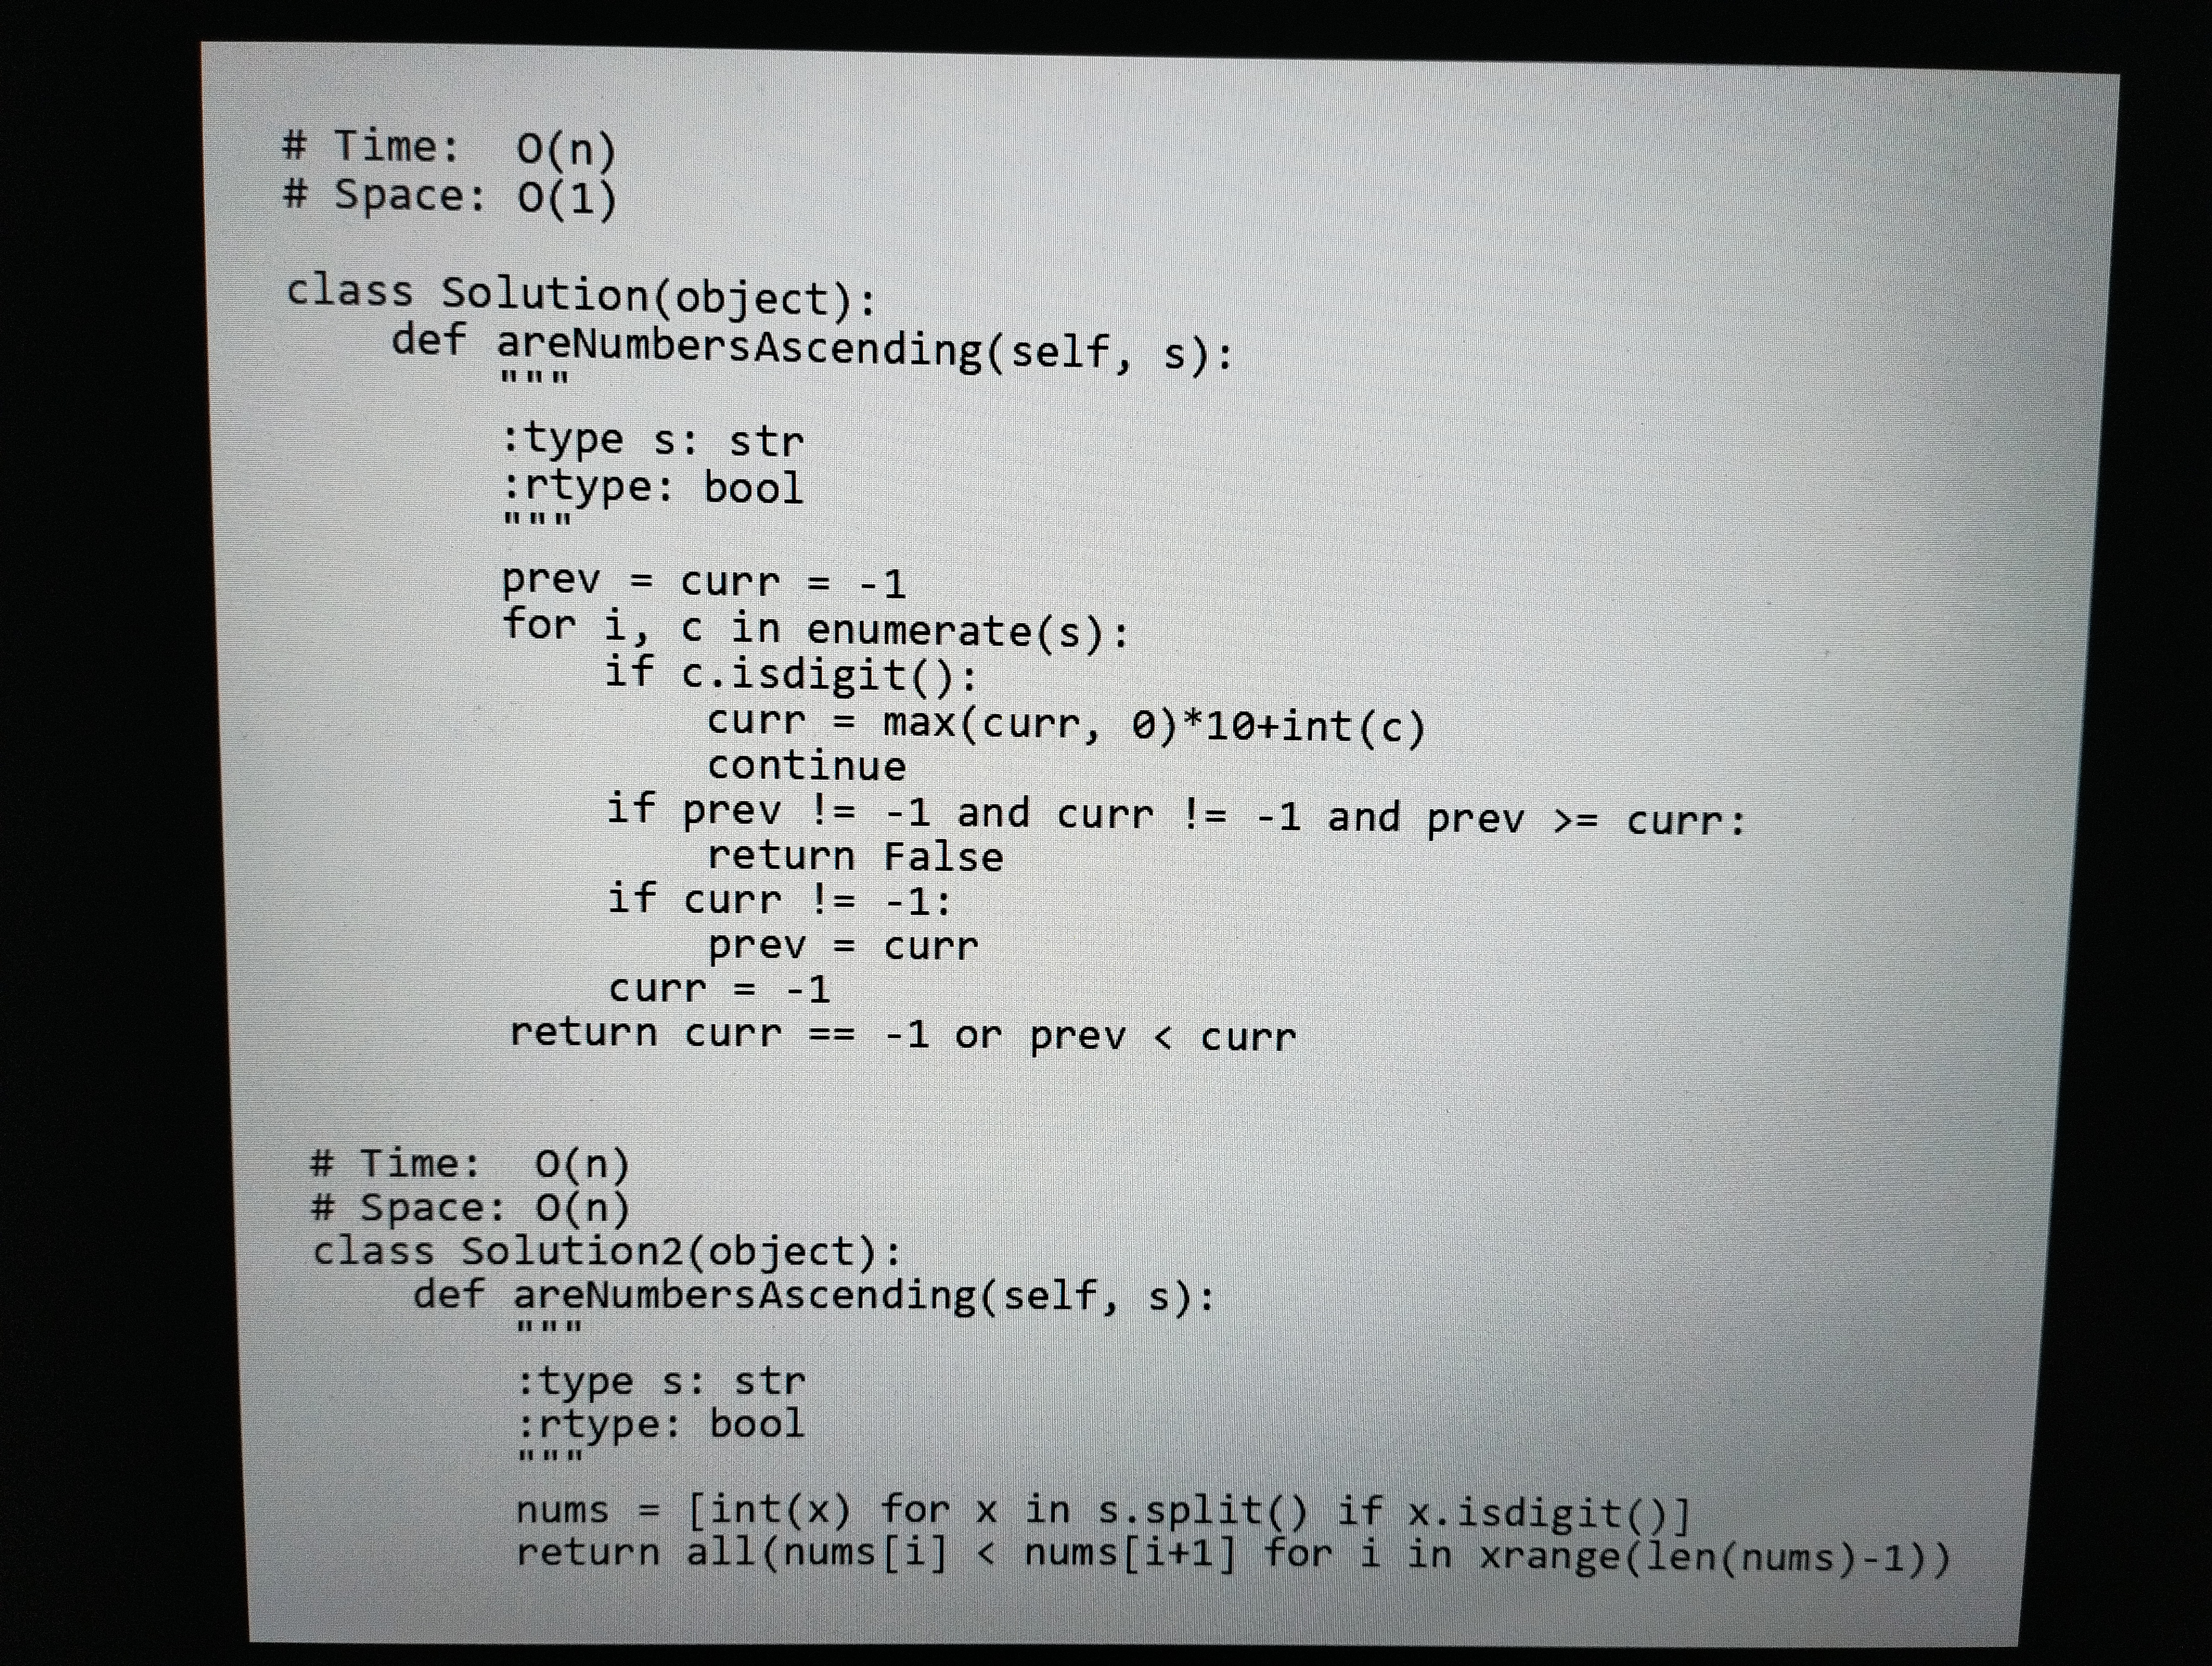
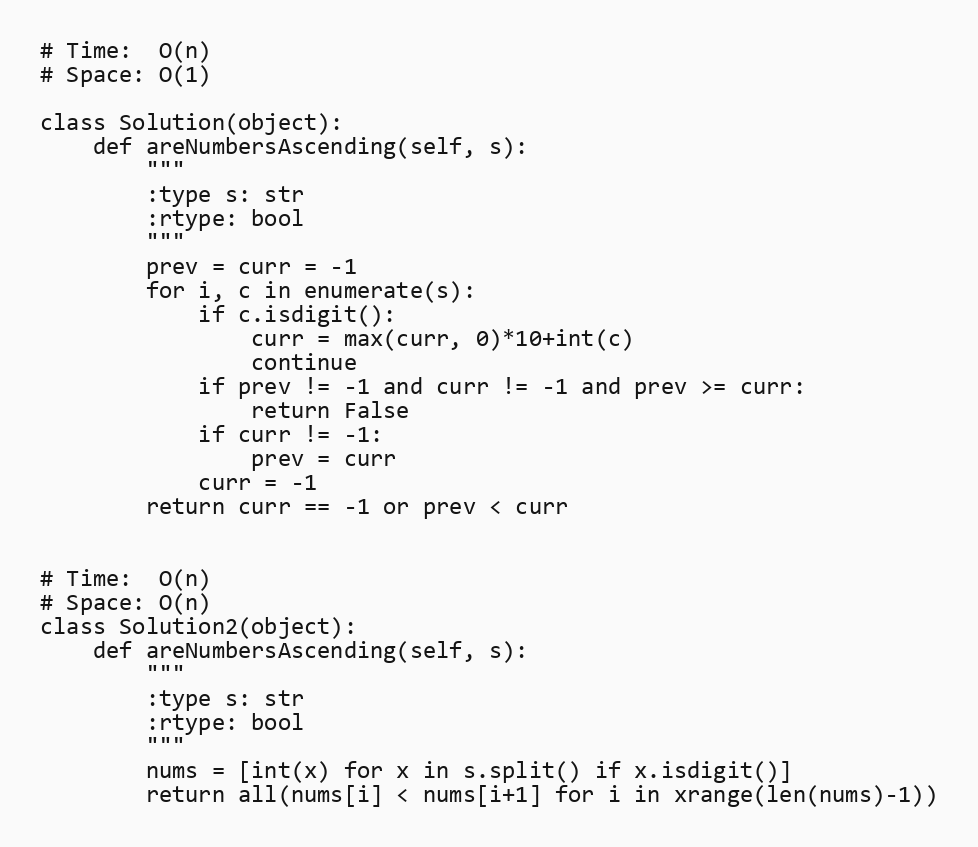
# Time:  O(n)
# Space: O(1)

class Solution(object):
    def areNumbersAscending(self, s):
        """
        :type s: str
        :rtype: bool
        """
        prev = curr = -1
        for i, c in enumerate(s):
            if c.isdigit():
                curr = max(curr, 0)*10+int(c)
                continue
            if prev != -1 and curr != -1 and prev >= curr:
                return False
            if curr != -1:
                prev = curr
            curr = -1
        return curr == -1 or prev < curr

# Time:  O(n)
# Space: O(n)
class Solution2(object):
    def areNumbersAscending(self, s):
        """
        :type s: str
        :rtype: bool
        """
        nums = [int(x) for x in s.split() if x.isdigit()]
        return all(nums[i] < nums[i+1] for i in xrange(len(nums)-1))